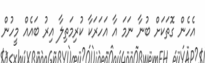
އެހެން ގޮތަކަށް ބުނާ ނަމަ އާ އަހަރަކާ ކުރިމަތިލާ އިރު ބައެއް މީހުން